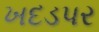
ખદડપર